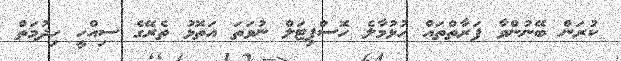
ކުރަން ބޭނުންވާ ފަރާތްތައް ހުޅުމާލެ ހޮސްޕިޓަލް ނުވަތަ އަތޮޅު ތެރޭގެ ސިއްހީ ހިދުމަތް